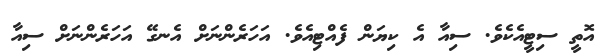
އޮތީ ސިޓީއެކެވެ. ސިއާ އެ ކިޔަން ފެއްޓިއެވެ. އަހަރެންނަށް އެނގޭ އަހަރެންނަށް ސިއާ